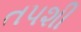
તપશી